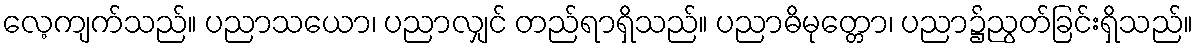
လေ့ကျက်သည်။ ပညာသယော၊ ပညာလျှင် တည်ရာရှိသည်။ ပညာဓိမုတ္တော၊ ပညာ၌ညွတ်ခြင်းရှိသည်။